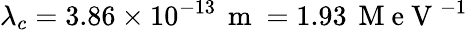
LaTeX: \lambda_{c}=3.86\times 10^{-13}\, \mathrm{~m~}=1.93\, \mathrm{~M~e~V~}^{-1}